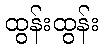
ထွန်းထွန်း